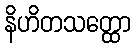
နိဟိတသတ္ထော